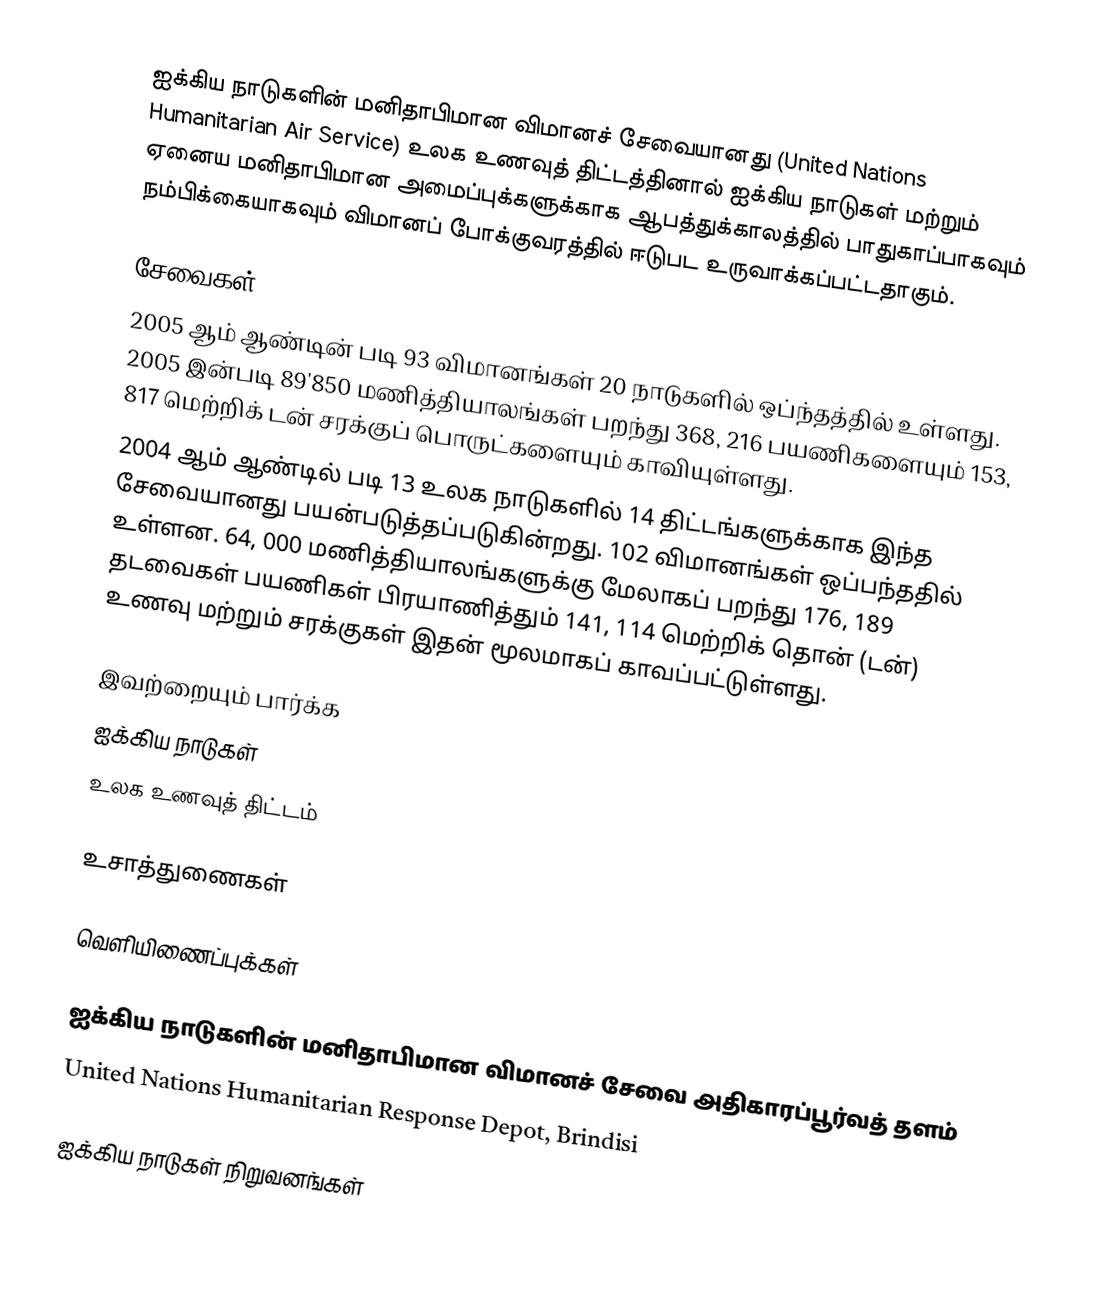
ஐக்கிய நாடுகளின் மனிதாபிமான விமானச் சேவையானது (United Nations Humanitarian Air Service) உலக உணவுத் திட்டத்தினால் ஐக்கிய நாடுகள் மற்றும் ஏனைய மனிதாபிமான அமைப்புக்களுக்காக ஆபத்துக்காலத்தில் பாதுகாப்பாகவும் நம்பிக்கையாகவும் விமானப் போக்குவரத்தில் ஈடுபட உருவாக்கப்பட்டதாகும்.

சேவைகள்
2005 ஆம் ஆண்டின் படி 93 விமானங்கள் 20 நாடுகளில் ஒப்ந்தத்தில் உள்ளது. 2005 இன்படி 89'850 மணித்தியாலங்கள் பறந்து 368, 216 பயணிகளையும் 153, 817 மெற்றிக் டன் சரக்குப் பொருட்களையும் காவியுள்ளது.
2004 ஆம் ஆண்டில் படி 13 உலக நாடுகளில் 14 திட்டங்களுக்காக இந்த சேவையானது பயன்படுத்தப்படுகின்றது. 102 விமானங்கள் ஒப்பந்ததில் உள்ளன. 64, 000 மணித்தியாலங்களுக்கு மேலாகப் பறந்து 176, 189 தடவைகள் பயணிகள் பிரயாணித்தும் 141, 114 மெற்றிக் தொன் (டன்) உணவு மற்றும் சரக்குகள் இதன் மூலமாகப் காவப்பட்டுள்ளது.

இவற்றையும் பார்க்க
ஐக்கிய நாடுகள்
உலக உணவுத் திட்டம்

உசாத்துணைகள்

வெளியிணைப்புக்கள்

ஐக்கிய நாடுகளின் மனிதாபிமான விமானச் சேவை  அதிகாரப்பூர்வத் தளம்
United Nations Humanitarian Response Depot, Brindisi

ஐக்கிய நாடுகள் நிறுவனங்கள்